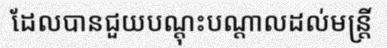
ដែលបានជួយបណ្តុះបណ្តាលដល់មន្ត្រី